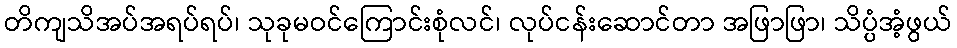
တိကျသိအပ်အရပ်ရပ်၊ သုခုမဝင်ကြောင်းစုံလင်၊ လုပ်ငန်းဆောင်တာ အဖြာဖြာ၊ သိပ္ပံအံ့ဖွယ်